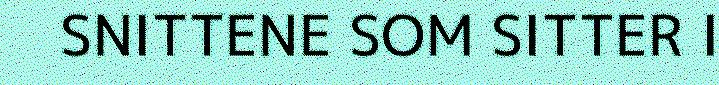
SNITTENE SOM SITTER I